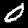
Label: 0